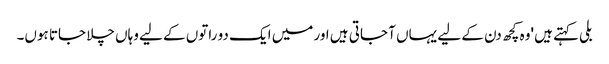
بلی کہتے ہیں 'وہ کچھ دن کے لیے یہاں آ جاتی ہیں اور میں ایک دو راتوں کے لیے وہاں چلا جاتا ہوں۔